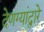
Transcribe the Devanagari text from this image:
देणग्यांद्वारे